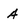
Character: A